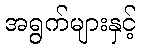
အရွက်များနှင့်